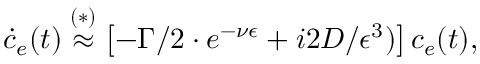
\dot { c } _ { e } ( t ) \overset { ( * ) } { \approx } \left[ - \Gamma / 2 \cdot e ^ { - \nu \epsilon } + i 2 D / \epsilon ^ { 3 } ) \right] c _ { e } ( t ) ,